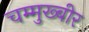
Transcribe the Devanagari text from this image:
चम्मुख्बीर